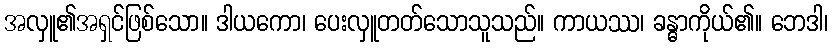
အလှူ၏အရှင်ဖြစ်သော။ ဒါယကော၊ ပေးလှူတတ်သောသူသည်။ ကာယဿ၊ ခန္ဓာကိုယ်၏။ ဘေဒါ၊